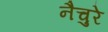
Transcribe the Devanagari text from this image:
नैचुरे